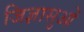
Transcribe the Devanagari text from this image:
जिज्ञासुओं